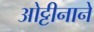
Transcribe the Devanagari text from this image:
ओट्टीनाने